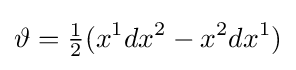
\vartheta ={\tfrac {1}{2}}(x^{1}dx^{2}-x^{2}dx^{1})